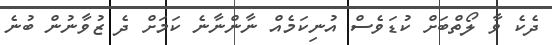
ދެކެ ވާ ލޯތްބަށް ކުޑަވެސް އުނިކަމެއް ނާންނާނެ ކަމަށް ދެ ޒުވާނުން ބުނެ